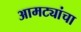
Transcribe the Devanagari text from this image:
आमट्यांचा